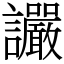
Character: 讝